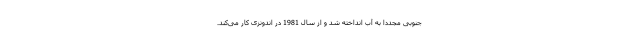
جنوبی مجددا به آب انداخته شد و از سال 1981 در اندونزی کار می‌کند.